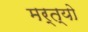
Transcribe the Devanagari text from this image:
मर्त्यो